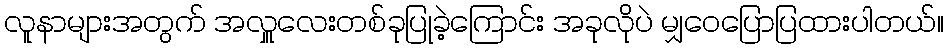
လူနာများအတွက် အလှူလေးတစ်ခုပြုခဲ့ကြောင်း အခုလိုပဲ မျှဝေပြောပြထားပါတယ်။